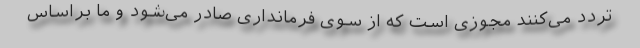
تردد می‌کنند مجوزی است که از سوی فرمانداری صادر می‌شود و ما براساس